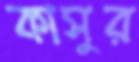
কাসুর